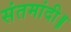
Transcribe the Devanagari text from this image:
संतमांदी॥